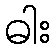
ဓါး